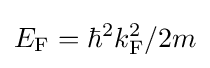
E_{\mathrm {F} }=\hbar ^{2}k_{\mathrm {F} }^{2}/2m